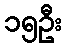
၁၅ဦး